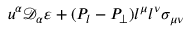
u ^ { \alpha } \mathcal { D } _ { \alpha } \varepsilon + ( P _ { l } - P _ { \perp } ) l ^ { \mu } l ^ { \nu } \sigma _ { \mu \nu }